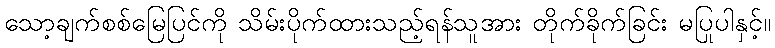
သော့ချက်စစ်မြေပြင်ကို သိမ်းပိုက်ထားသည့်ရန်သူအား တိုက်ခိုက်ခြင်း မပြုပါနှင့်။